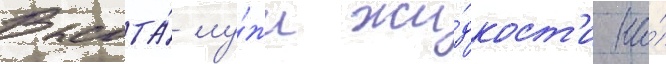
Высота́ лу́жи жи́дкост'и на́